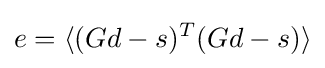
e=\langle (Gd-s)^{T}(Gd-s)\rangle